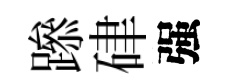
𨅶硉强